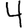
Digit: 4